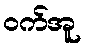
ဝက်အူ